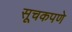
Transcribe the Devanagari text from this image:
सूचकपणे